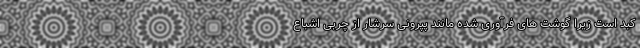
کبد است زیرا گوشت های فرآوری شده مانند پپرونی سرشار از چربی اشباع